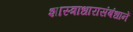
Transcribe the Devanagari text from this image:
शास्त्राधारासंबंधानें